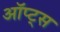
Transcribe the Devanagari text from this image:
ऑप्ट्स